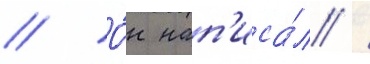
// О́н нап'иса́л /